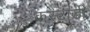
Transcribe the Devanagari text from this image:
कस्टाडी